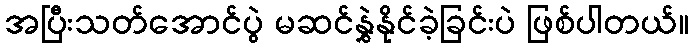
အပြီးသတ်အောင်ပွဲ မဆင်နွှဲနိုင်ခဲ့ခြင်းပဲ ဖြစ်ပါတယ်။